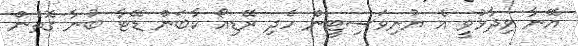
އޭނާ ވިދާޅުވީ އެ ޔުނިވަސިޓީން ހެދި ރޭޑިއޯ ކާބަން ޑޭޓާ ބުނާ ގޮތުން